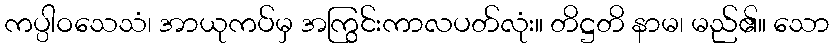
ကပ္ပါဝသေသံ၊ အာယုကပ်မှ အကြွင်းကာလပတ်လုံး။ တိဋ္ဌတိ နာမ၊ မည်၏။ သော